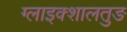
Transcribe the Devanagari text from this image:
ग्लाइक्शालतुङ